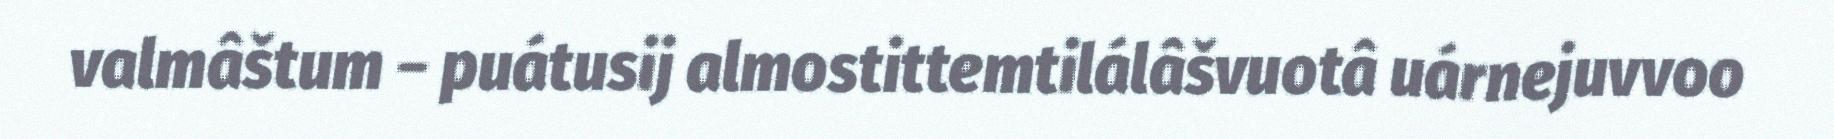
valmâštum – puátusij almostittemtilálâšvuotâ uárnejuvvoo